Scottish Leaving Certificate Examination, 1958
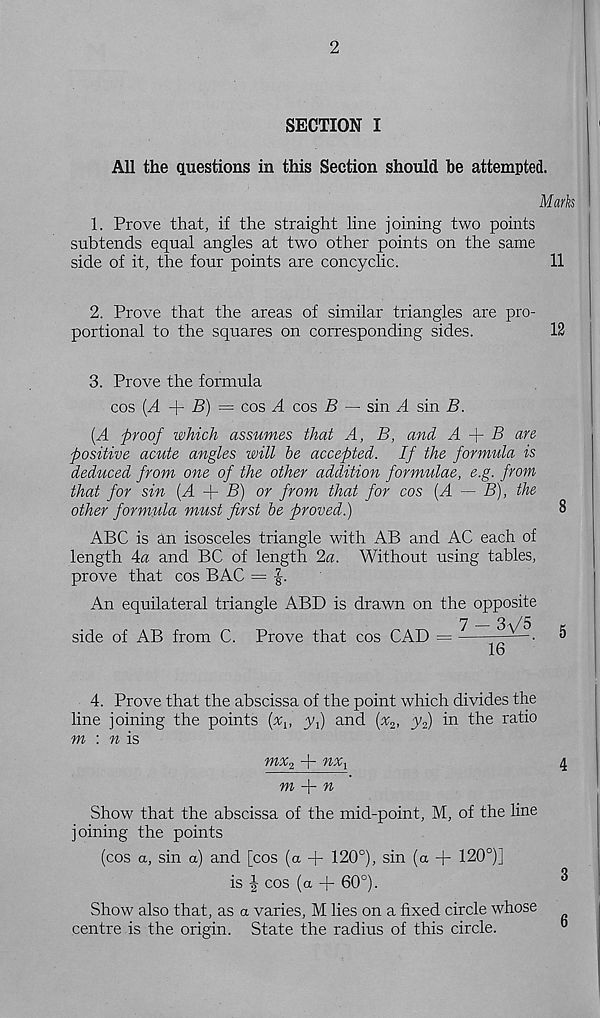
2
SECTION I
All the questions in this Section should he attempted.
Mark
1. Prove that, if the straight line joining two points
subtends equal angles at two other points on the same
side of it, the four points are coneyclic.
11
2. Prove that the areas of similar triangles are pro-
portional to the squares on corresponding sides.
12
3. Prove the formula
cos {A
B) = cos A cos B — sin A sin B.
(A proof which assumes that A, B, and A p- B are
positive acute angles will be accepted. If the formula is
deduced from one of the other addition formulae, e.g. from
that for sin {A + B) or from that for cos (A — B), the
other formula must first be proved.)
8
ABC is an isosceles triangle with AB and AC each of
length Aa and BC of length 2a. Without using tables,
prove that cos BAC =
An equilateral triangle ABD is drawn on the opposite
side of AB from C. Prove that cos CAD = —
■
5
16
4. Prove that the abscissa of the point which divides the
line joining the points
y^) and {x 2 , y 2 ) in the ratio
m : n is
mx 2 + nXi
4
m
n
Show that the abscissa of the mid-point, M, of the line
joining the points
(cos a, sin a) and [cos (a -|- 120°), sin (a + 120°)]
is | cos (a + 60°).
Show also that, as a varies, M lies on a fixed circle whose
centre is the origin. State the radius of this circle.
6